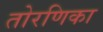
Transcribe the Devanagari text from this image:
तोरणिका